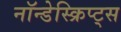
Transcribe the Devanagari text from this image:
नॉन्डेस्क्रिप्ट्स